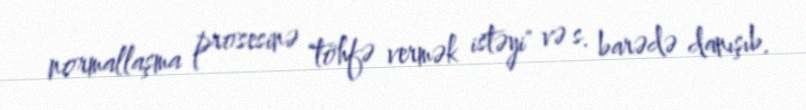
normallaşma prosesinə "töhfə vermək istəyi" və s. barədə danışıb.